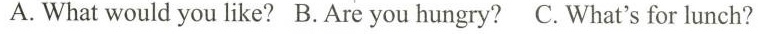
A. What would you like?B.Are you hungry? C. What's for lunch?